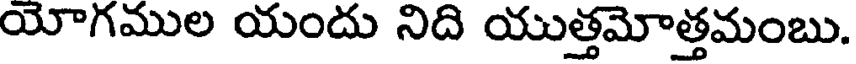
యోగముల యందు నిది యుత్తమోత్తమంబు.